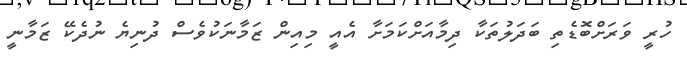
ހުރީ ވަރަށްބޮޑެތި ބަދަލުތަކާ ދިމާއަށްކަމަށާ އެއީ މިއިން ޒަމާނަކުވެސް ދުނިޔެ ނުދެކޭ ޒަމާނީ